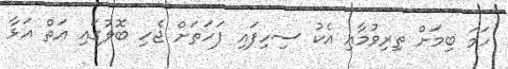
ހަމަ ބިމަށް ތިރިވުމާއި އެކު ސިހިފައި ފަހަތަށް ޖެހި ބޮލުގައި އަތް އަޅާ